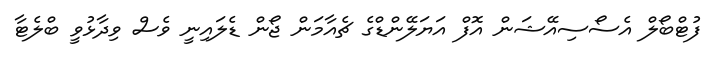
ފުޓްބޯލް އެސޯސިއޭޝަން އޮފް އަޔަލޭންޑްގެ ޗެއާމަން ޖޯން ޑެލައިނީ ވެސް ވިދާޅުވީ ބްލެޓާ